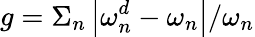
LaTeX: g=\Sigma_{n}\left|\omega_{n}^{d}-\omega_{n}\right|/\omega_{n}